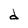
Character: d